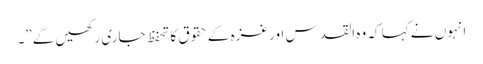
انہوں نے کہا کہ وہ القدس اور غزہ کے حقوق کا تحفظ جاری رکھیں گے”۔